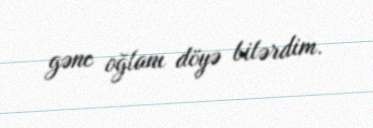
gənc oğlanı döyə bilərdim.